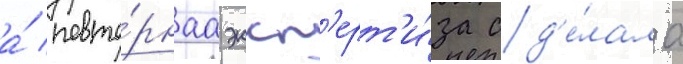
а́ повто́рнаа эксп'ерт'и́за сд'е́лала